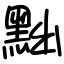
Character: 黜